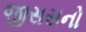
જીસસનો